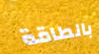
بالطاقة